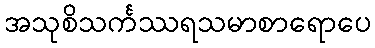
အသုစိသင်္ကဿရသမာစာရောပေ